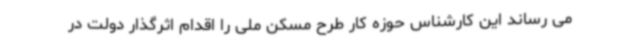
می رساند این کارشناس حوزه کار طرح مسکن ملی را اقدام اثرگذار دولت در